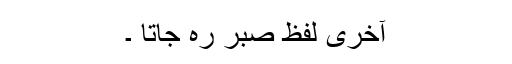
آخری لفظ صبر رہ جاتا ۔